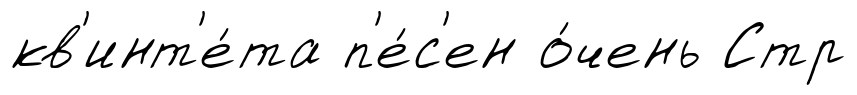
кв'инт'е́та п'е́с'ен о́чень Стр